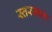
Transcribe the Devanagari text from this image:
स्तरवाला